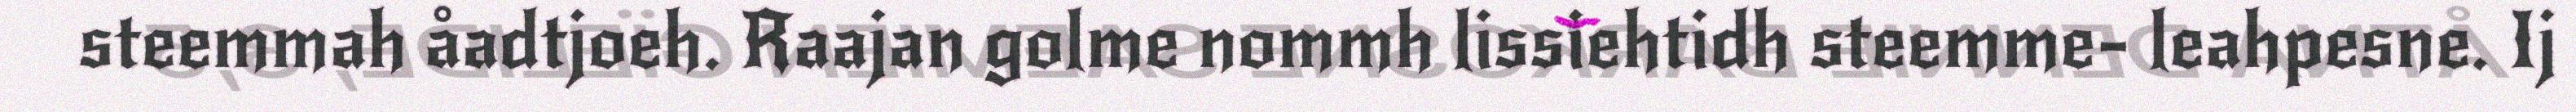
steemmah åadtjoeh. Raajan golme nommh lissiehtidh steemme- leahpesne. Ij